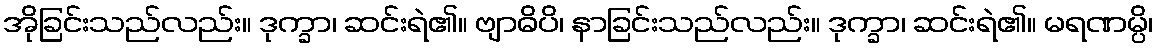
အိုခြင်းသည်လည်း။ ဒုက္ခာ၊ ဆင်းရဲ၏။ ဗျာဓိပိ၊ နာခြင်းသည်လည်း။ ဒုက္ခာ၊ ဆင်းရဲ၏။ မရဏမ္ပိ၊